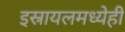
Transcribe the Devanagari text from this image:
इस्रायलमध्येही